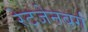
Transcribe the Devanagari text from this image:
रेटजेनबर्ग